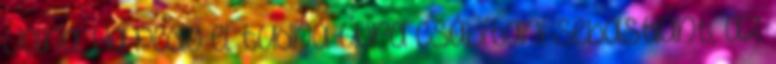
volna. Ha pedig el tudná újra csábítani Sebastiant, az